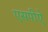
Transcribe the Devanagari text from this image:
एसपीऐ